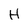
Character: H